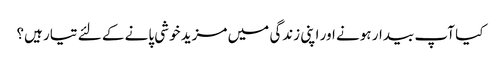
کیا آپ بیدار ہونے اور اپنی زندگی میں مزید خوشی پانے کے لئے تیار ہیں؟